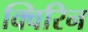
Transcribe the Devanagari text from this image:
क्विरिन